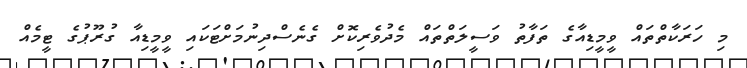
މި ހަރަކާތްތައް ވީމީޑިއާގެ ތަފާތު ވަސީލަތްތައް މެދުވެރިކޮށް ގެނެސްދިނުމަށްޓަކައި ވީމީޑިއާ ގުރޫޕުގެ ޓީމެއް